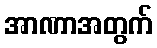
အာဏာအတွက်